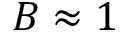
B \approx 1